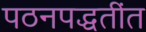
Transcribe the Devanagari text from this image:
पठनपद्धतींत